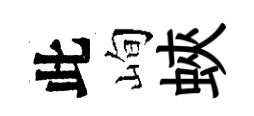
此峋蛺